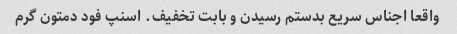
واقعا اجناس سریع بدستم رسیدن و بابت تخفیف. اسنپ فود دمتون گرم